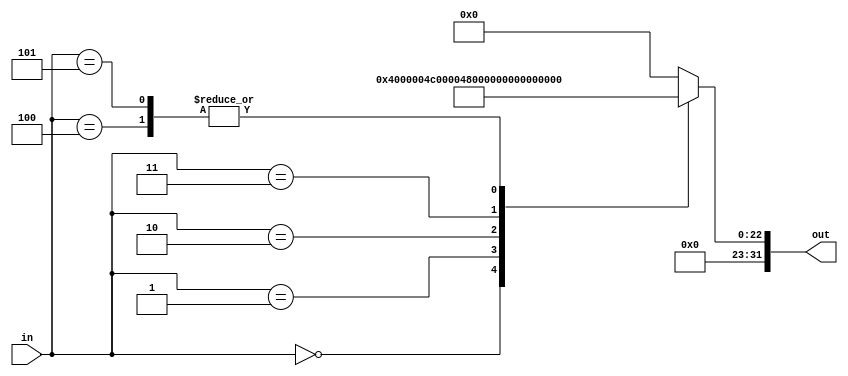
////////////////////////////////////////////////////////////////////////////////////////////////////////
//
// Institution   : Bandung Institute of Technology
//
// Design Name   : Lookup Table for Second Term Coeficient in MacClaurin Series
// Module Name   : coef_term2
// Project Name  : LSI Design Contest in Okinawa 2018
// Target Devices: Sigmoid Function
// Tool versions : FPGA
//
// Description: 
// 		Providing value term 2 of MacClaurin Series with respect to input segmentation
// 
// Input:
//  	in : 3 bit unsigned : control signal
//
// Output:
//  	out : 16 bit signed : Term 2 Coeficient for MacClaurin Series 
//
// Revision: 
// Revision 0.01 - File Created
// Additional Comments: 
//
///////////////////////////////////////////////////////////////////////////////////////////////////////

module coef_term2(in, out);

parameter DWIDTH=32;

parameter t01 = 32'b0000_0000_0100_0000_0000_0000_0000_0000 ;
parameter t12 = 32'b0000_0000_0010_0110_0000_0000_0000_0000 ;
parameter t23 = 32'b0000_0000_0001_0001_1100_0000_0000_0000 ;
parameter t34 = 32'b0000_0000_0000_0111_0100_0000_0000_0000 ;
parameter t46 = 32'b0000_0000_0000_0001_1000_0000_0000_0000 ;
parameter t00 = 32'b0000_0000_0000_0000_0000_0000_0000_0000 ;

input [2:0] in;
output reg [DWIDTH-1:0] out;

always@(in)
begin
  case (in)
    0 : out = t01;
	1 : out = t12;
	2 : out = t23;
	3 : out = t34;
	4 : out = t46;
	5 : out = t46;
	default : out = t00;
  endcase
end

endmodule